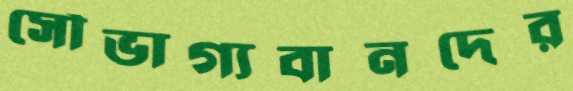
সৌভাগ্যবানদের